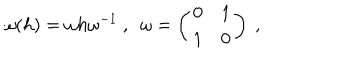
LaTeX: \omega ( h ) = \omega h \omega ^ { - 1 } ~ , ~ ~ \omega = \left( \begin{array} { c c } { { 0 } } & { { 1 } } \\ { { 1 } } & { { 0 } } \\ \end{array} \right) ~ ,